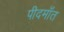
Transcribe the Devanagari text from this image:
पीदमाँत